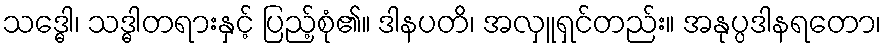
သဒ္ဓေါ၊ သဒ္ဓါတရားနှင့် ပြည့်စုံ၏။ ဒါနပတိ၊ အလှူရှင်တည်း။ အနုပ္ပဒါနရတော၊